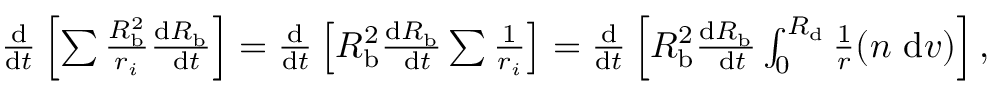
\begin{array} { r } { \frac { \mathrm { d } } { \mathrm { d } t } \left[ \sum \frac { R _ { \mathrm { b } } ^ { 2 } } { r _ { i } } \frac { \mathrm { d } R _ { \mathrm { b } } } { \mathrm { ~ d } t } \right] = \frac { \mathrm { d } } { \mathrm { d } t } \left[ R _ { \mathrm { b } } ^ { 2 } \frac { \mathrm { d } R _ { \mathrm { b } } } { \mathrm { ~ d } t } \sum \frac { 1 } { r _ { i } } \right] = \frac { \mathrm { d } } { \mathrm { d } t } \left[ R _ { \mathrm { b } } ^ { 2 } \frac { \mathrm { d } R _ { \mathrm { b } } } { \mathrm { ~ d } t } \int _ { 0 } ^ { R _ { \mathrm { d } } } \frac { 1 } { r } ( n \mathrm { ~ d } v ) \right] , } \end{array}